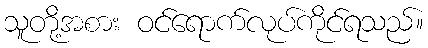
သူတို့အစား ဝင်ရောက်လုပ်ကိုင်ရသည်။